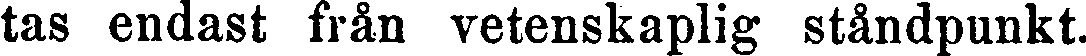
tas endast från vetenskaplig ståndpunkt.